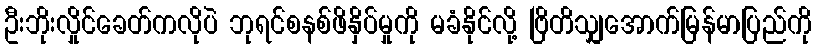
ဦးဘိုးလှိုင်ခေတ်ကလိုပဲ ဘုရင်စနစ်ဖိနှိပ်မှုကို မခံနိုင်လို့ ဗြိတိသျှအောက်မြန်မာပြည်ကို